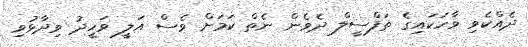
ދެއްކެވި ވާހަކައިގެ ތަފްސީލް ދެވެން ނެތް ކަމަށް ވެސް އަލީ ވަހީދު ވިދާޅުވި